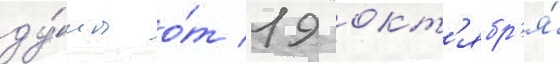
ду́мы о́т 19 окт'ябр'я́